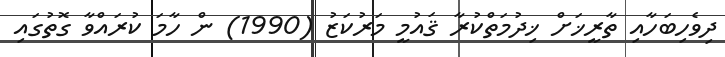
ދިވެހިބަހާއި ތާރީޚަށް ޚިދުމަތްކުރާ ޤައުމީ މަރުކަޒު (1990) ން ހާމަ ކުރައްވާ ގޮތުގައި